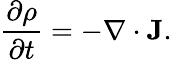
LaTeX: {\frac{\partial\rho}{\partial t}}=-\nabla\cdot\mathbf{J}.